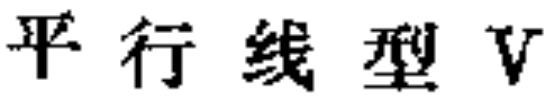
平行线型V